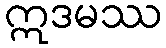
ဣဒမဿ